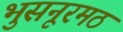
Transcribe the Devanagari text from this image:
भुसनूरमठ